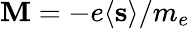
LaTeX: \mathbf{M}=-e\langle\mathbf{s}\rangle/m_{e}